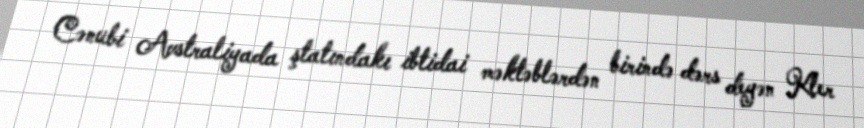
Cənubi Avstraliyada ştatındakı ibtidai məktəblərdən birində dərs deyən Kler